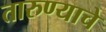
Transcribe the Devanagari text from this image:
तारुण्याचे